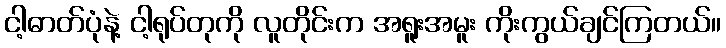
ငါ့ဓာတ်ပုံနဲ့ ငါ့ရုပ်တုကို လူတိုင်းက အရူးအမူး ကိုးကွယ်ချင်ကြတယ်။